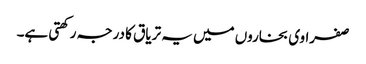
صفراوی بخاروں میں یہ تریاق کا درجہ رکھتی ہے۔